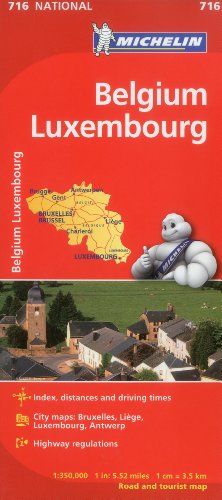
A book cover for Michelin Belgium Luxembourg Maps 716 (Maps/Country (Michelin)); Michelin Travel & Lifestyle; Travel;